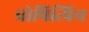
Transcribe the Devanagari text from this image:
प्रोषित्प्रिय